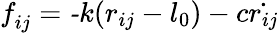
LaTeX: \textit{f}_{ij}=\textit{-k}(\textit{r}_{ij}-\textit{l}_{0})-\textit{c}\dot{\textit{r}_{ij}}